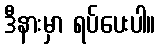
ဒီနားမှာ ရပ်ပေးပါ။